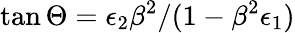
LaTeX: \tan\Theta=\epsilon_{2}\beta^{2}/(1-\beta^{2}\epsilon_{1})